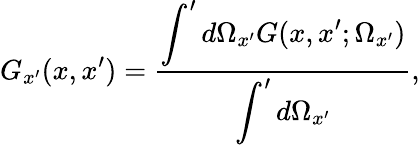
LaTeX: G_{x^{\prime}}(x,x^{\prime})=\frac{\displaystyle\int^{\prime}d\Omega_{x^{\prime}}G(x,x^{\prime};\Omega_{x^{\prime}})}{\displaystyle\int^{\prime}d\Omega_{x^{\prime}}},